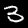
Label: 3